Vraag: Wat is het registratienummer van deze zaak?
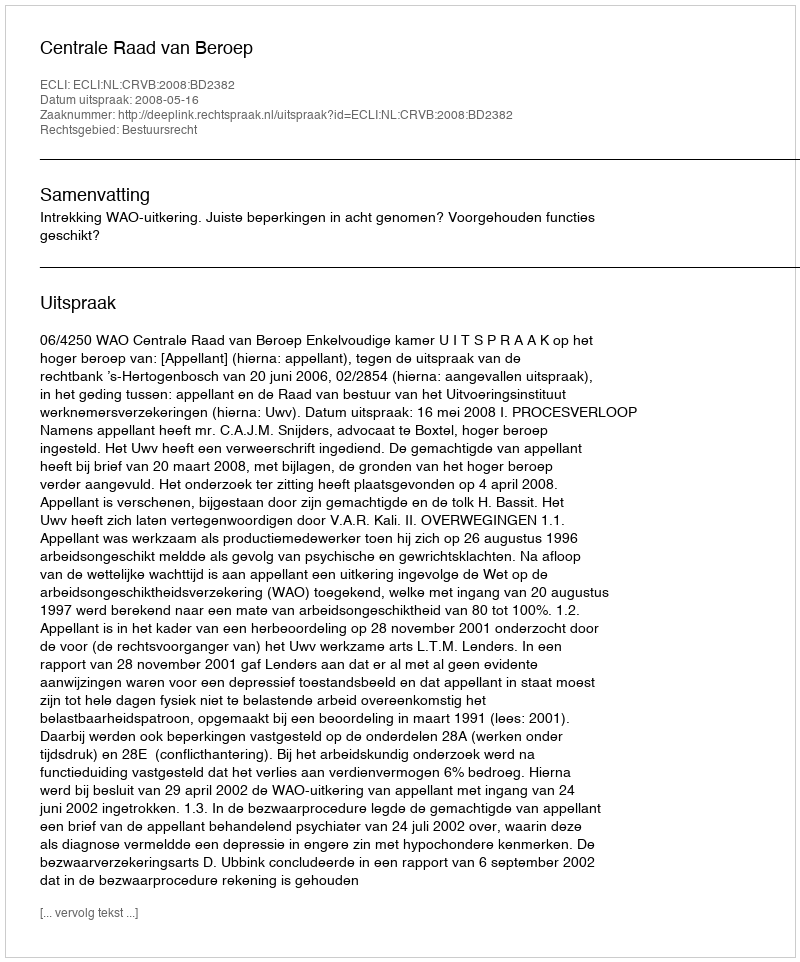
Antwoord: http://deeplink.rechtspraak.nl/uitspraak?id=ECLI:NL:CRVB:2008:BD2382